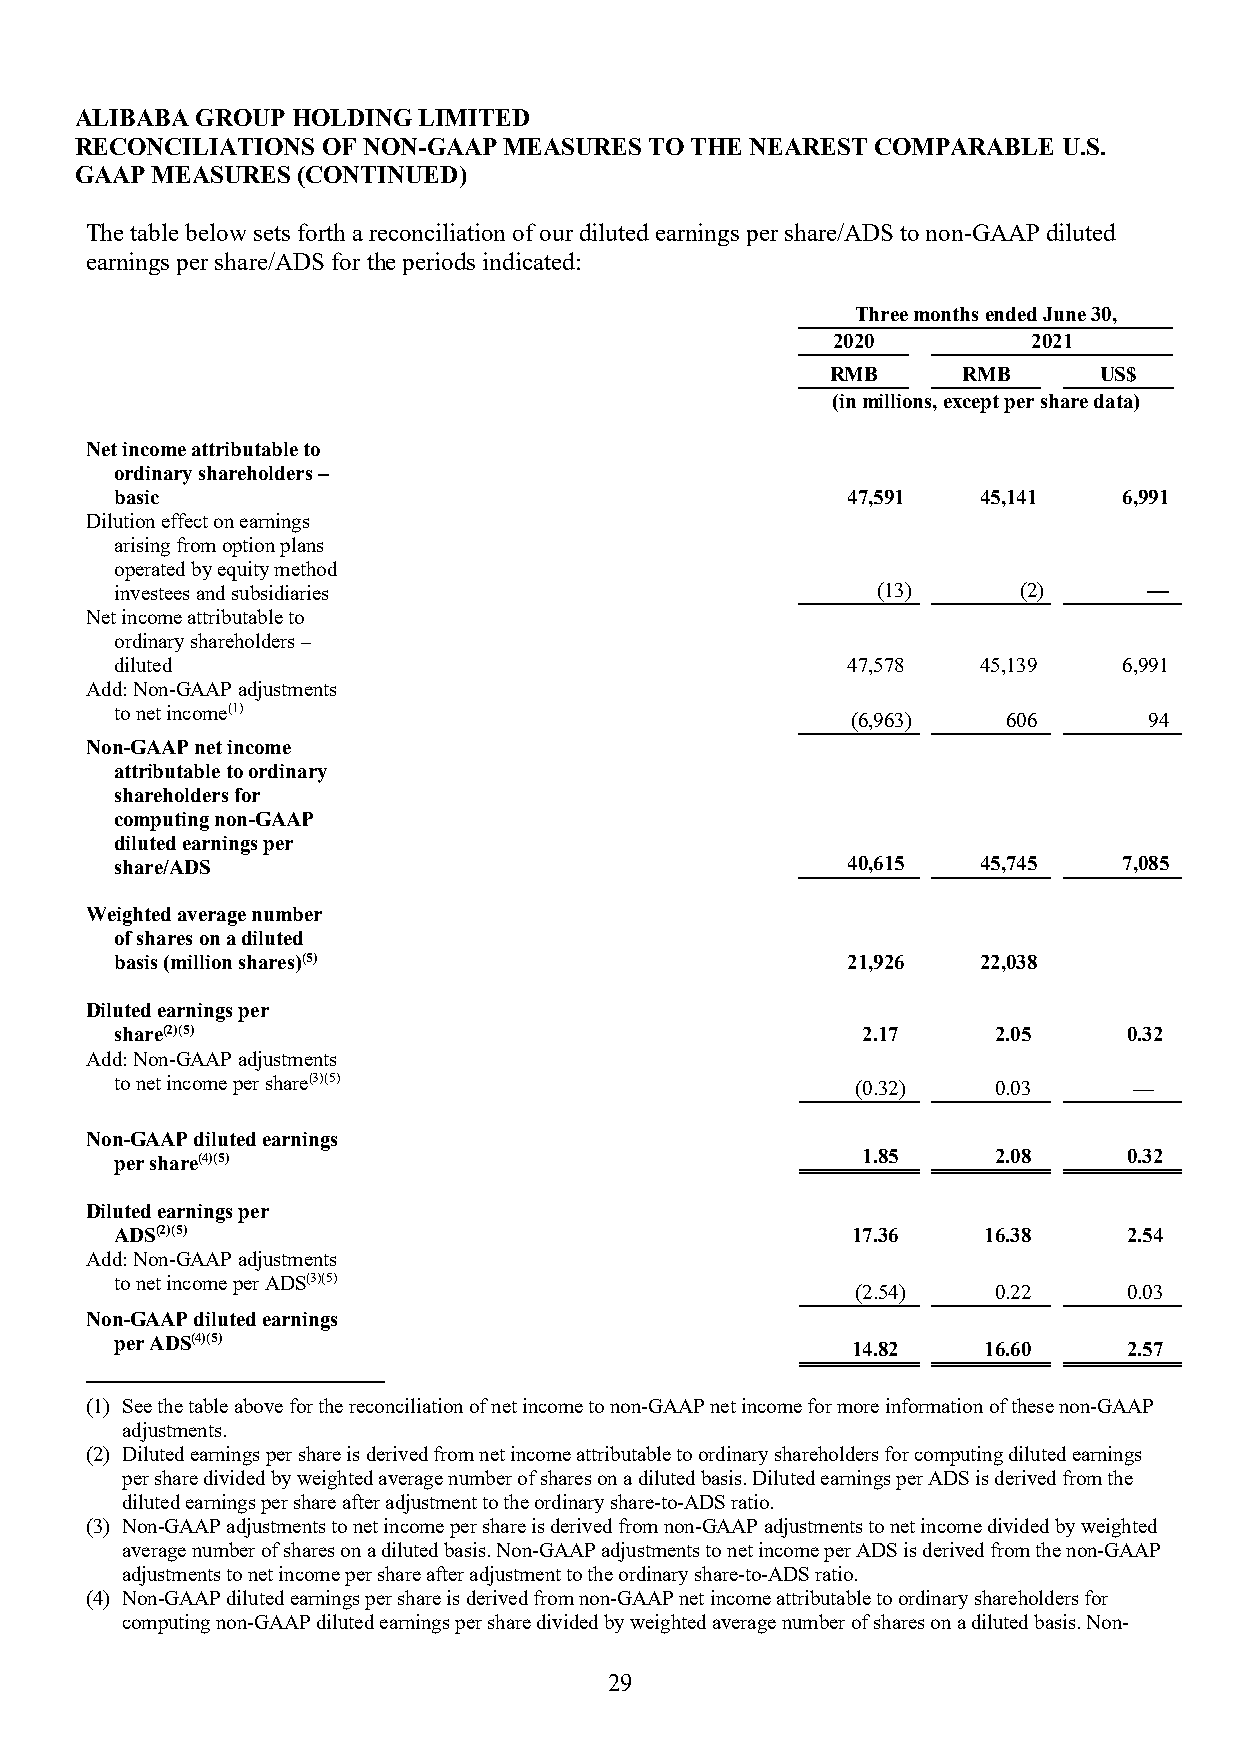
ALIBABA GROUP HOLDING  LIMITED
 RECONCILIATIONS OF NON-GAAP MEASURES  TO THE NEAREST COMPARABLE  U.S.
 GAAP MEASURES  (CONTINUED)
 The table below sets forth a reconciliation of our diluted earnings per share/ADS to non-GAAP diluted
 earnings per share/ADS for the periods indicated:
 Three months ended June 30,
 2020         2021
 RMB      RMB      US$
 (in millions, except per share data)
 Net income attributable to
 ordinary shareholders –
 basic                                           47,591   45,141   6,991
 Dilution effect on earnings
 arising from option plans
 operated by equity method
 investees and subsidiaries                        (13)     (2)      —
 Net income attributable to
 ordinary shareholders –
 diluted                                         47,578   45,139   6,991
 Add: Non-GAAP adjustments
 to net income(1)
 (6,963)    606      94
 Non-GAAP net income
 attributable to ordinary
 shareholders for
 computing non-GAAP
 diluted earnings per
 share/ADS                                       40,615   45,745   7,085
 Weighted average number
 of shares on a diluted
 basis (million shares)(5)                       21,926   22,038
 Diluted earnings per
 share(2)(5)                                      2.17     2.05     0.32
 Add: Non-GAAP adjustments
 to net income per share(3)(5)                    (0.32)   0.03     —
 Non-GAAP diluted earnings
 per share(4)(5)                                  1.85     2.08     0.32
 Diluted earnings per
 ADS(2)(5)                                       17.36    16.38     2.54
 Add: Non-GAAP adjustments
 to net income per ADS(3)(5)
 (2.54)   0.22     0.03
 Non-GAAP diluted earnings
 per ADS(4)(5)                                   14.82    16.60     2.57
 (1) See the table above for the reconciliation of net income to non-GAAP net income for more information of these non-GAAP
 adjustments.
 (2) Diluted earnings per share is derived from net income attributable to ordinary shareholders for computing diluted earnings
 per share divided by weighted average number of shares on a diluted basis. Diluted earnings per ADS is derived from the
 diluted earnings per share after adjustment to the ordinary share-to-ADS ratio.
 (3) Non-GAAP adjustments to net income per share is derived from non-GAAP adjustments to net income divided by weighted
 average number of shares on a diluted basis. Non-GAAP adjustments to net income per ADS is derived from the non-GAAP
 adjustments to net income per share after adjustment to the ordinary share-to-ADS ratio.
 (4) Non-GAAP diluted earnings per share is derived from non-GAAP net income attributable to ordinary shareholders for
 computing non-GAAP diluted earnings per share divided by weighted average number of shares on a diluted basis. Non-
 29